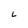
Character: L